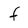
Character: f